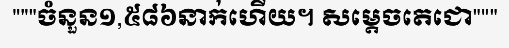
"""ចំនួន១,៥៨៦នាក់ហើយ។ សម្តេចតេជោ"""